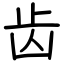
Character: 齿